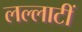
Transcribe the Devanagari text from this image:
लल्लाटीं